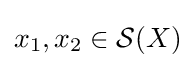
x_{1},x_{2}\in {\mathcal {S}}(X)